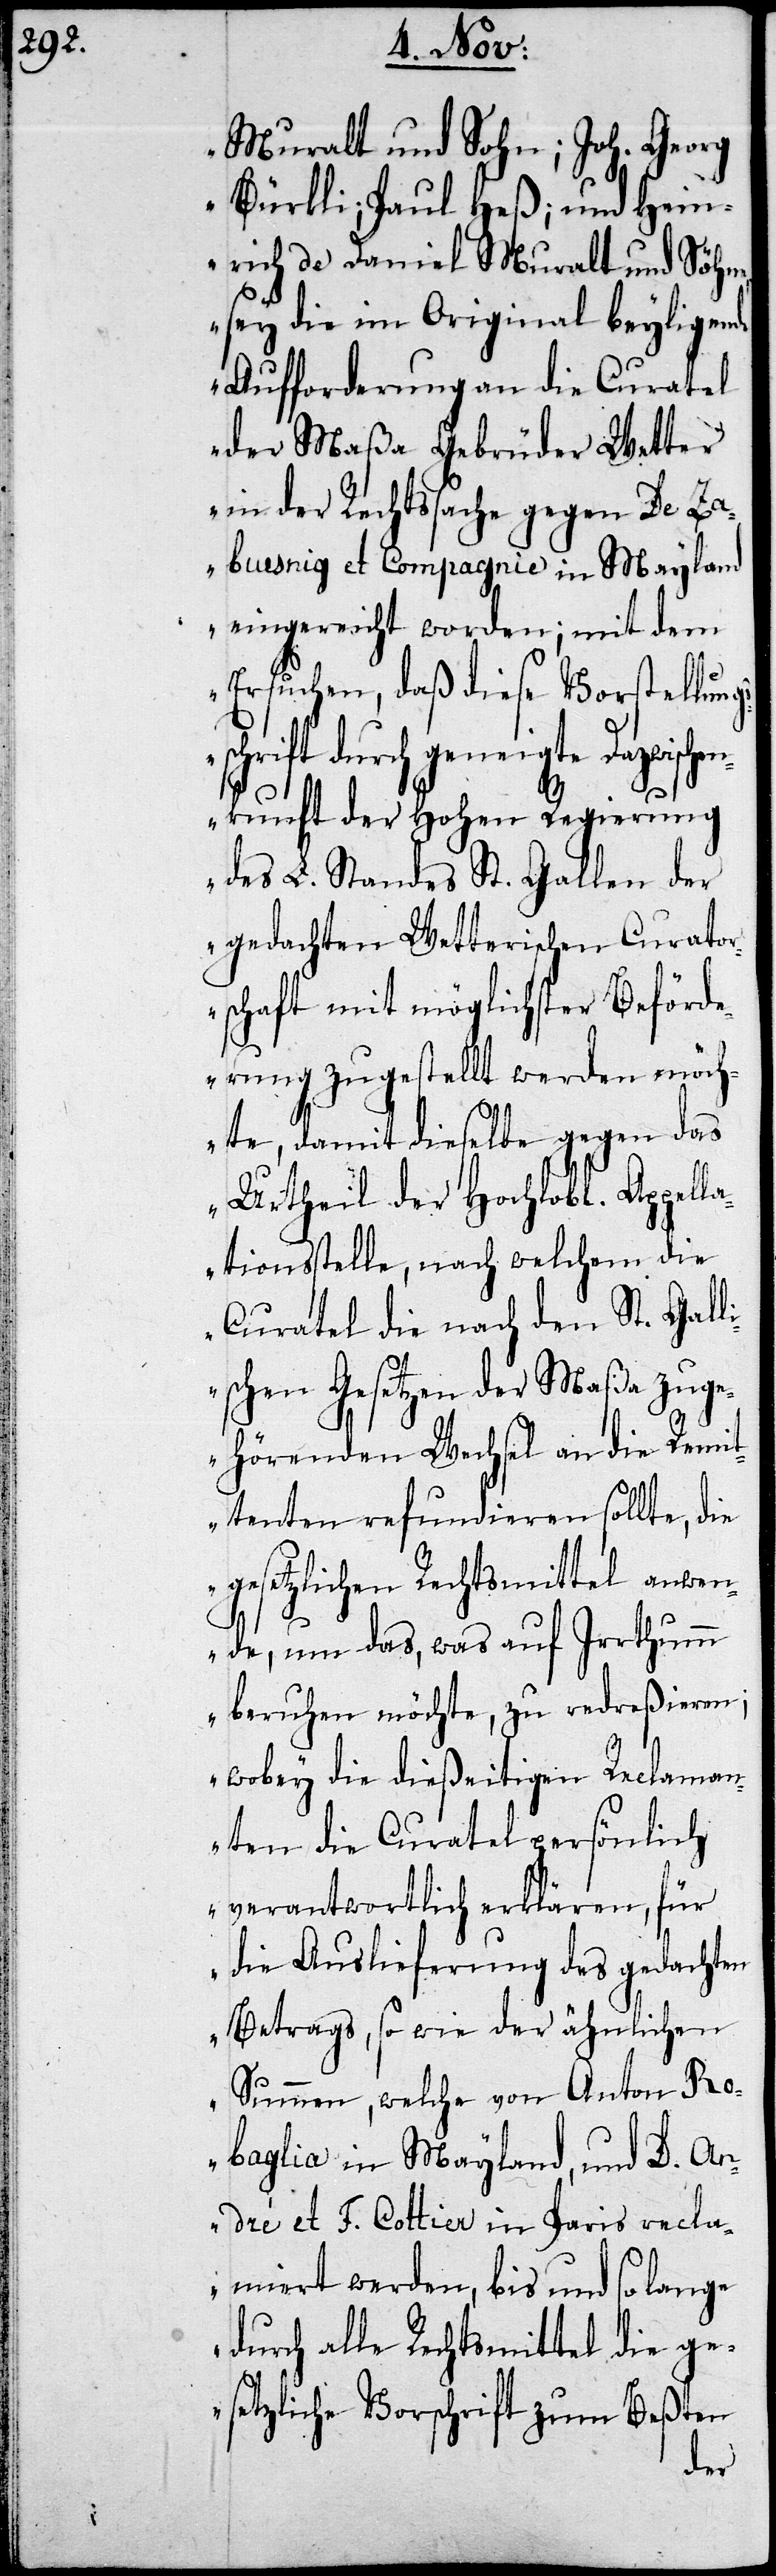
Muralt und Sohn; Johann
Bürkli; Paul Heß; und Hein¬
rich de Daniel Muralt und Söhne,
sey die im Original beyligende
Aufforderung an die Curatel
der Maßa Gebrüder Vetter
in der Rechtssache gegen De Za¬
buesnig et Compagnie in Mayland
eingereicht worden; mit dem
Ersuchen, daß diese Vorstellun¬
schrift durch geneigte Dazwisch¬
enkunft der Hohen Regierung
des L. Standes St. Gallen der
gedachten Vetterischen Curato¬
rschaft mit möglichster Beförd¬
erung zugestellt werden möch¬
te, damit dieselbe gegen das
Urtheil der Hochlobl. Appell¬
ationsstelle, nach welchem die
Curatel die nach den St. Gall¬
ischen Gesetzen der Maßa zuge¬
hörenden Wechsel an die Remi¬
ttenten refundieren sollte, die
gesetzlichen Rechtsmittel anwen¬
de, um das, was auf Irrthumm
gs¬
beruhen möchte, zu redreßieren;
wobey die dießeitigen Reclaman¬
ten die Curatel persönlich
verantwortlich erklären, für
die Auslieferung des gedachten
Betrags, sowie der ähnlichen
Summen, welche von Anton Ro¬
baglia in Mayland, und L. An¬
dré et F. Cottier in Paris recla¬
miert werden, bis und so lange
durch alle Rechtsmittel die ge¬
setzliche Vorschrift zum Beßten